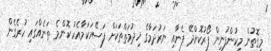
މިގޮތުން މިކުންފުނިން ފޯރުކޮށްދޭ ފެނާއި ނަރުދަމާގެ ޚިދުމަތްތަކަށް ފަސޭހަކަމާއެކު ކޮންމެ ތަނެއްގައި ހުރެގެން